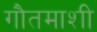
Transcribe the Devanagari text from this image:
गौतमाशी